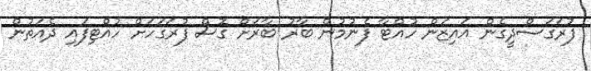
ފުރަގަސްދީގެން އައިޒަން ހުއްޓާ ފެނުމުން ބާރު ބާރަށް ގޮސް ފުރަގަހަށް ހުއްޓިފައި ދެއަތުން